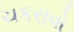
ચકરાવો